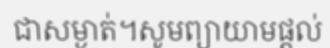
ជាសម្ងាត់។សូមព្យាយាមផ្តល់